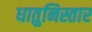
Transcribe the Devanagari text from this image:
धातुनिस्तार